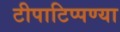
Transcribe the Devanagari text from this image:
टीपाटिप्पण्या